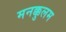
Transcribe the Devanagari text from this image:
मनक्कुलम